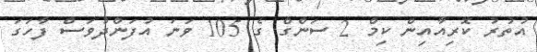
އުތުރު ކޮރިއާއިން ކިމް 2 ސަންގް ގެ 105 ވަނަ އުފަންދުވަސް ފާހަގަ